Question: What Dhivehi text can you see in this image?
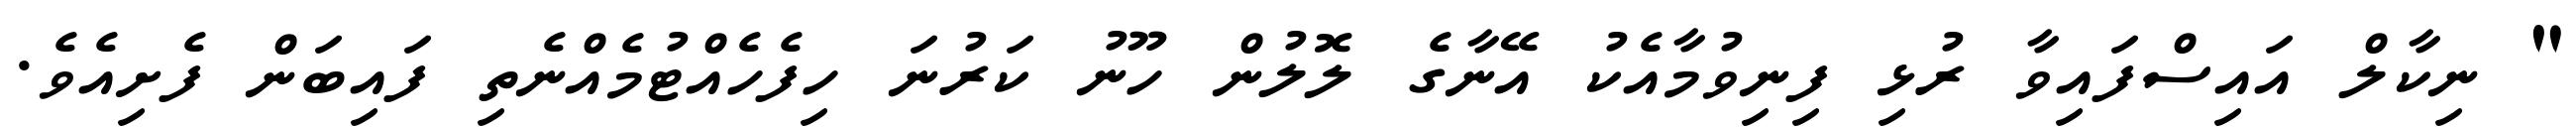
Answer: " ނިކާލް އައިސްފައިވާ ރުޅި ފިނިވުމާއެކު އޭނާގެ ލޮލުން ހޫނު ކަރުނަ ހިފެހެއްޓުމެއްނެތި ފައިބަން ފެށިއެވެ.